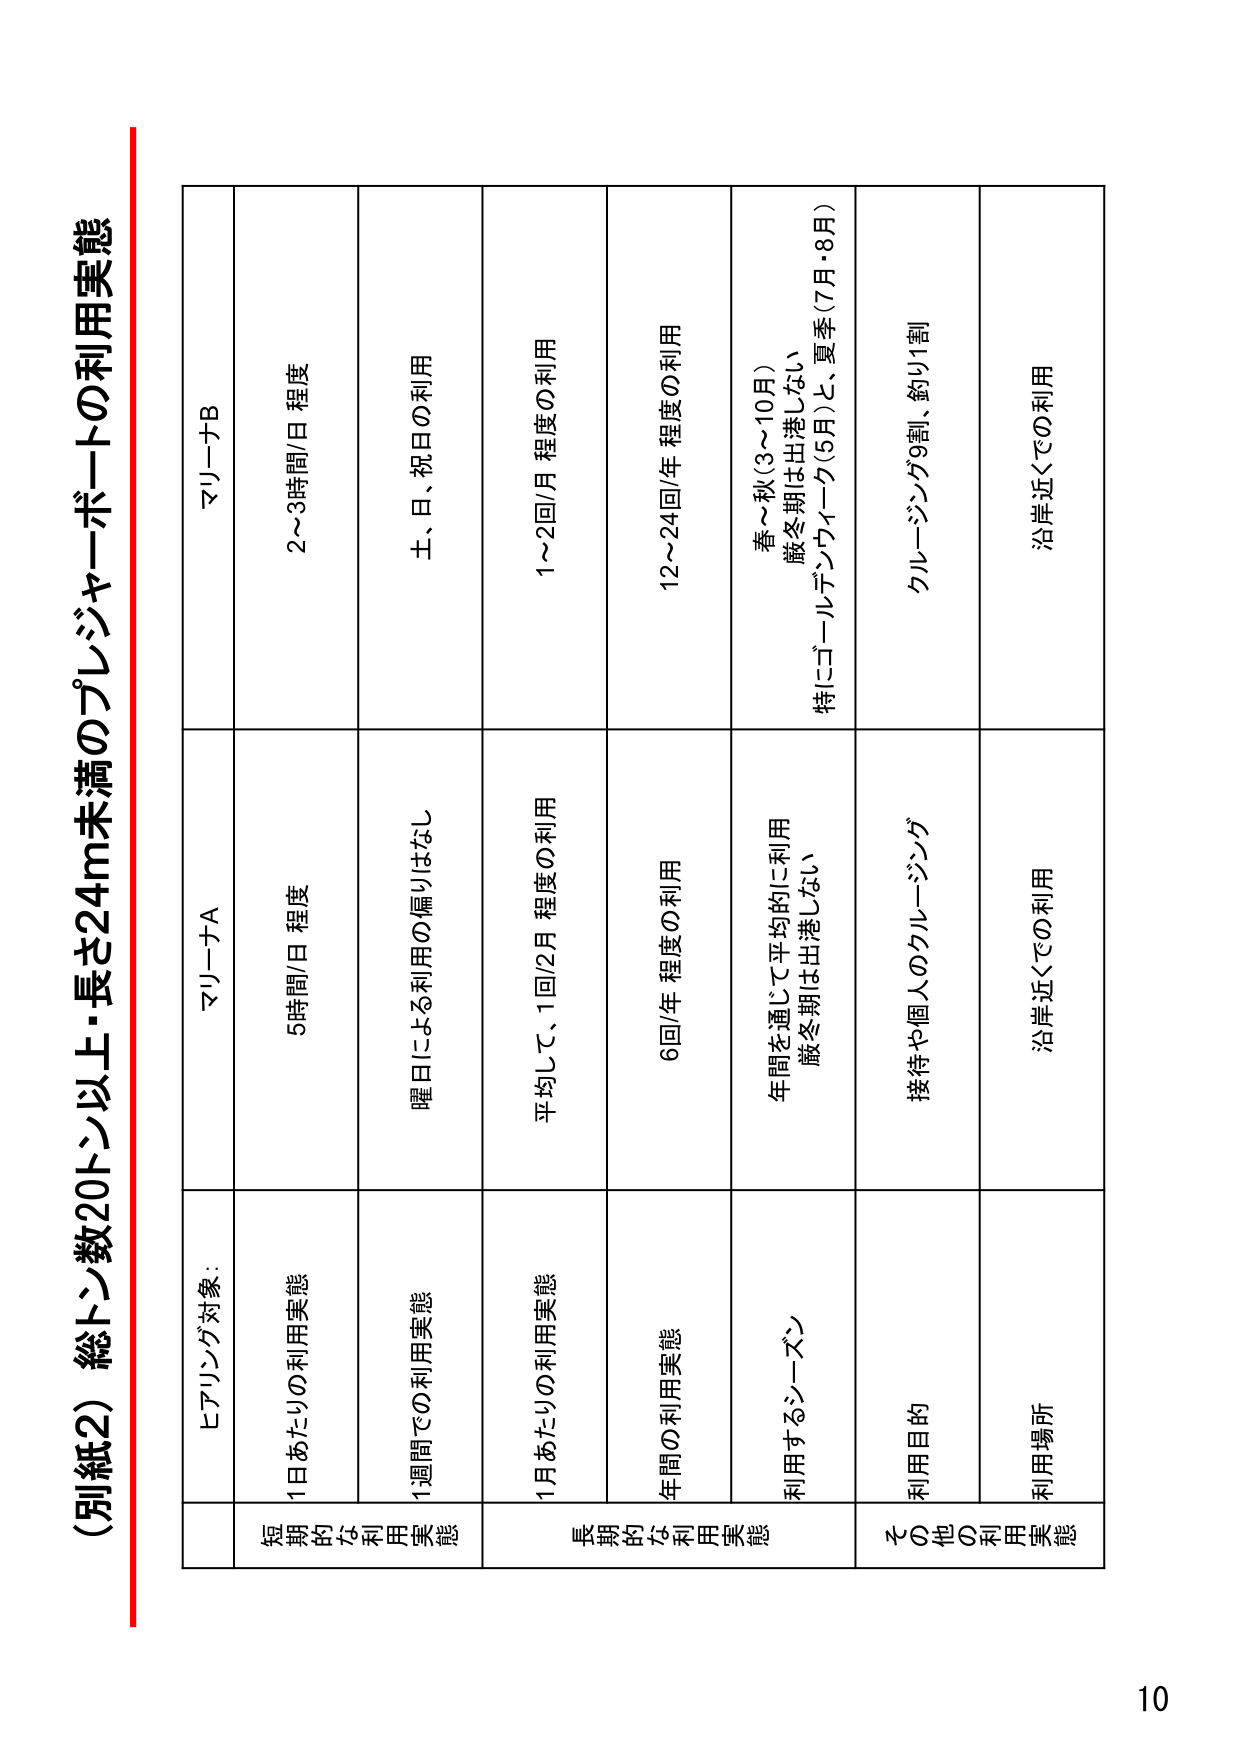
（別紙2）総トン数20トン以上・長さ24m未満のプレジャーボートの利用実態

ヒアリング対象：
マリーナA
マリーナB

短期的な利用実態
1日あたりの利用実態
5時間/日 程度
2～3時間/日 程度

1週間での利用実態
曜日による利用の偏りはなし
土、日、祝日の利用

長期的な利用実態
1月あたりの利用実態
平均して、1回/2月 程度の利用
1～2回/月 程度の利用

年間の利用実態
6回/年 程度の利用
12～24回/年 程度の利用

利用するシーズン
年間を通じて平均的に利用
厳冬期は出港しない
春～秋（3～10月）
特にゴールデンウィーク（5月）と、夏季（7月・8月）

その他の利用実態
利用目的
接待や個人のクルージング
クルージング割、釣り割

利用場所
沿岸近くでの利用
沿岸近くでの利用

10